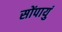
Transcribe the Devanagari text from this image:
सोंपायुं